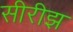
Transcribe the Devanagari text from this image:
सीरीझ